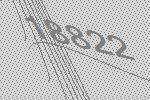
18822